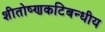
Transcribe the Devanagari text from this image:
शीतोष्णकटिबन्धीय